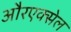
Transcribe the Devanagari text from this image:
औरएक्सेल